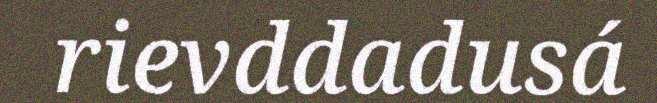
rievddadusá